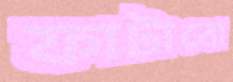
ফাটাবো